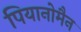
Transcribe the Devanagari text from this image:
पियानोमैन